Regulations for the medical services of the Army of India
Year: 1930
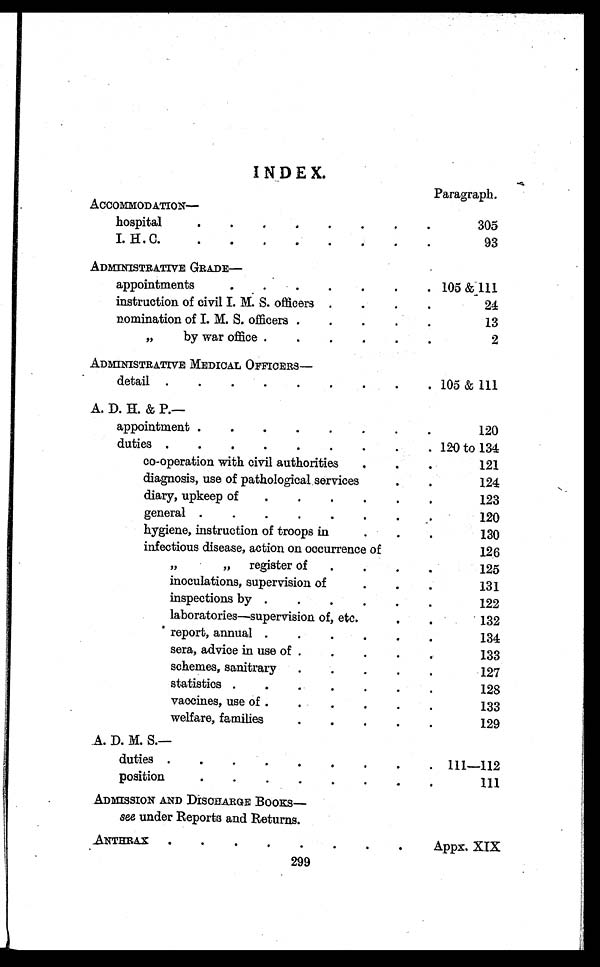
INDEX.
ACCOMMODATION-
Paragraph.
hospital
.
.
.
. . . . .
305
I. H. C.
.
.
.
.
.
.
.
.
93
ADMINISTRATIVE GRADE-
appointments
. . . . . . . 105 &111
instruction of civil I. M. S. officers .
.
.
.
24
nomination of I. M. S. officers .
.
.
.
.
13
,,
by war office .
.
.
.
.
.
2
ADMINISTRATIVE MEDICAL OFFICERS-
.—
detail .
.
.
.
.
.
.
.
. 105 & 111
A. D. H. & P.—
appointment .
.
.
.
.
.
.
.
120
duties .
.
.
.
.
.
.
.
. 120 to 134
co-operation with civil authorities
.
.
.
121
diagnosis, use of pathological services
.
.
124
diary, upkeep of
.
.
.
.
.
'
123
general .
.
.
.
.
.
.
.
120
hygiene, instruction of troops in
.
.
130
infectious disease, action on occurrence of
126
,,
„
register of
.
.
.
.
125
inoculations, supervision of
.
.
.
131
inspections by .
. . . . .
122
laboratories—supervision of, etc.
.
.
132
report, annual .
.
. . . .
134
sera, advice in use of .
.
.
.
133
schemes, sanitrary
.
.
.
.
.
127
statistics .
.
.
.
.
.
128
vaccines, use of .
.
.
.
.
'
133
welfare, families
.
. . . .
129
A. D. M. S.—
duties .
.
.
. . . . . . 111—112
position
.
.
. . . . .
.
111
ADMISSION AND DISCHARGE BOOKS-
see under Reports and Returns.
ANTHRAX
. . . . . . . .
Appx. XIX
299